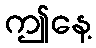
ဤနေ့